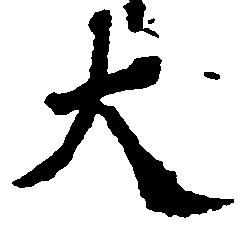
大